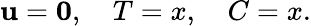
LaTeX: \mathbf{u}=\mathbf{0},\quad T=x,\quad C=x.